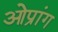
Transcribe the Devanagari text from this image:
ओप्रांग